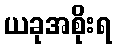
ယခုအစိုးရ